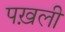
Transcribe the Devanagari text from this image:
पख़ली